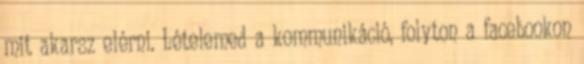
mit akarsz elérni. Lételemed a kommunikáció, folyton a facebookon